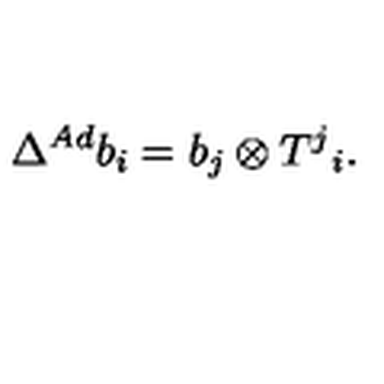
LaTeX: \Delta ^ { A d } b _ { i } = b _ { j } \otimes T ^ { j } { } _ { i } .